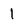
Character: l